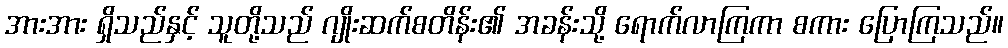
အားအား ရှိသည်နှင့် သူတို့သည် ဂျိုးဆက်စတိန်း၏ အခန်းသို့ ရောက်လာကြကာ စကား ပြောကြသည်။